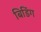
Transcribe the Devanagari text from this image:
बिडिंग